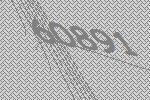
60891